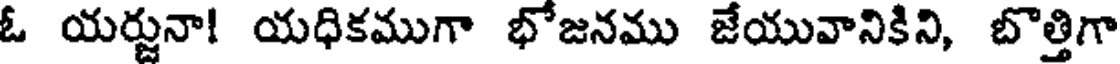
ఓ యర్జునా! యధికముగా భోజనము జేయువానికిని, బొత్తిగా